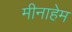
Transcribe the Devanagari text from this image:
मीनाहेम